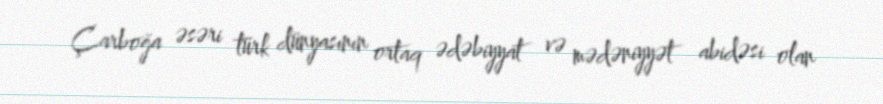
Çarboğa əsəri türk dünyasının ortaq ədəbiyyat və mədəniyyət abidəsi olan